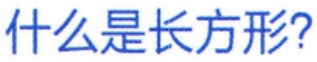
什么是长方形?